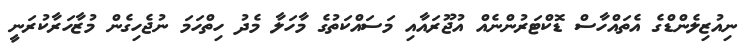
ނިއުޒިލެންޑްގެ އެތައްހާސް ޑޮކްޓަރުންނެއް އުޖޫރައާއި މަސައްކަތުގެ މާހަލާ މެދު ހިތްހަމަ ނުޖެހިގެން މުޒާހަރާކުރަނީ